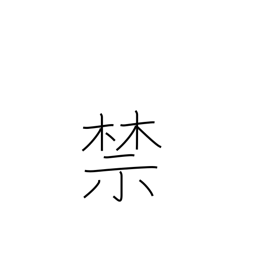
Meaning: forbid